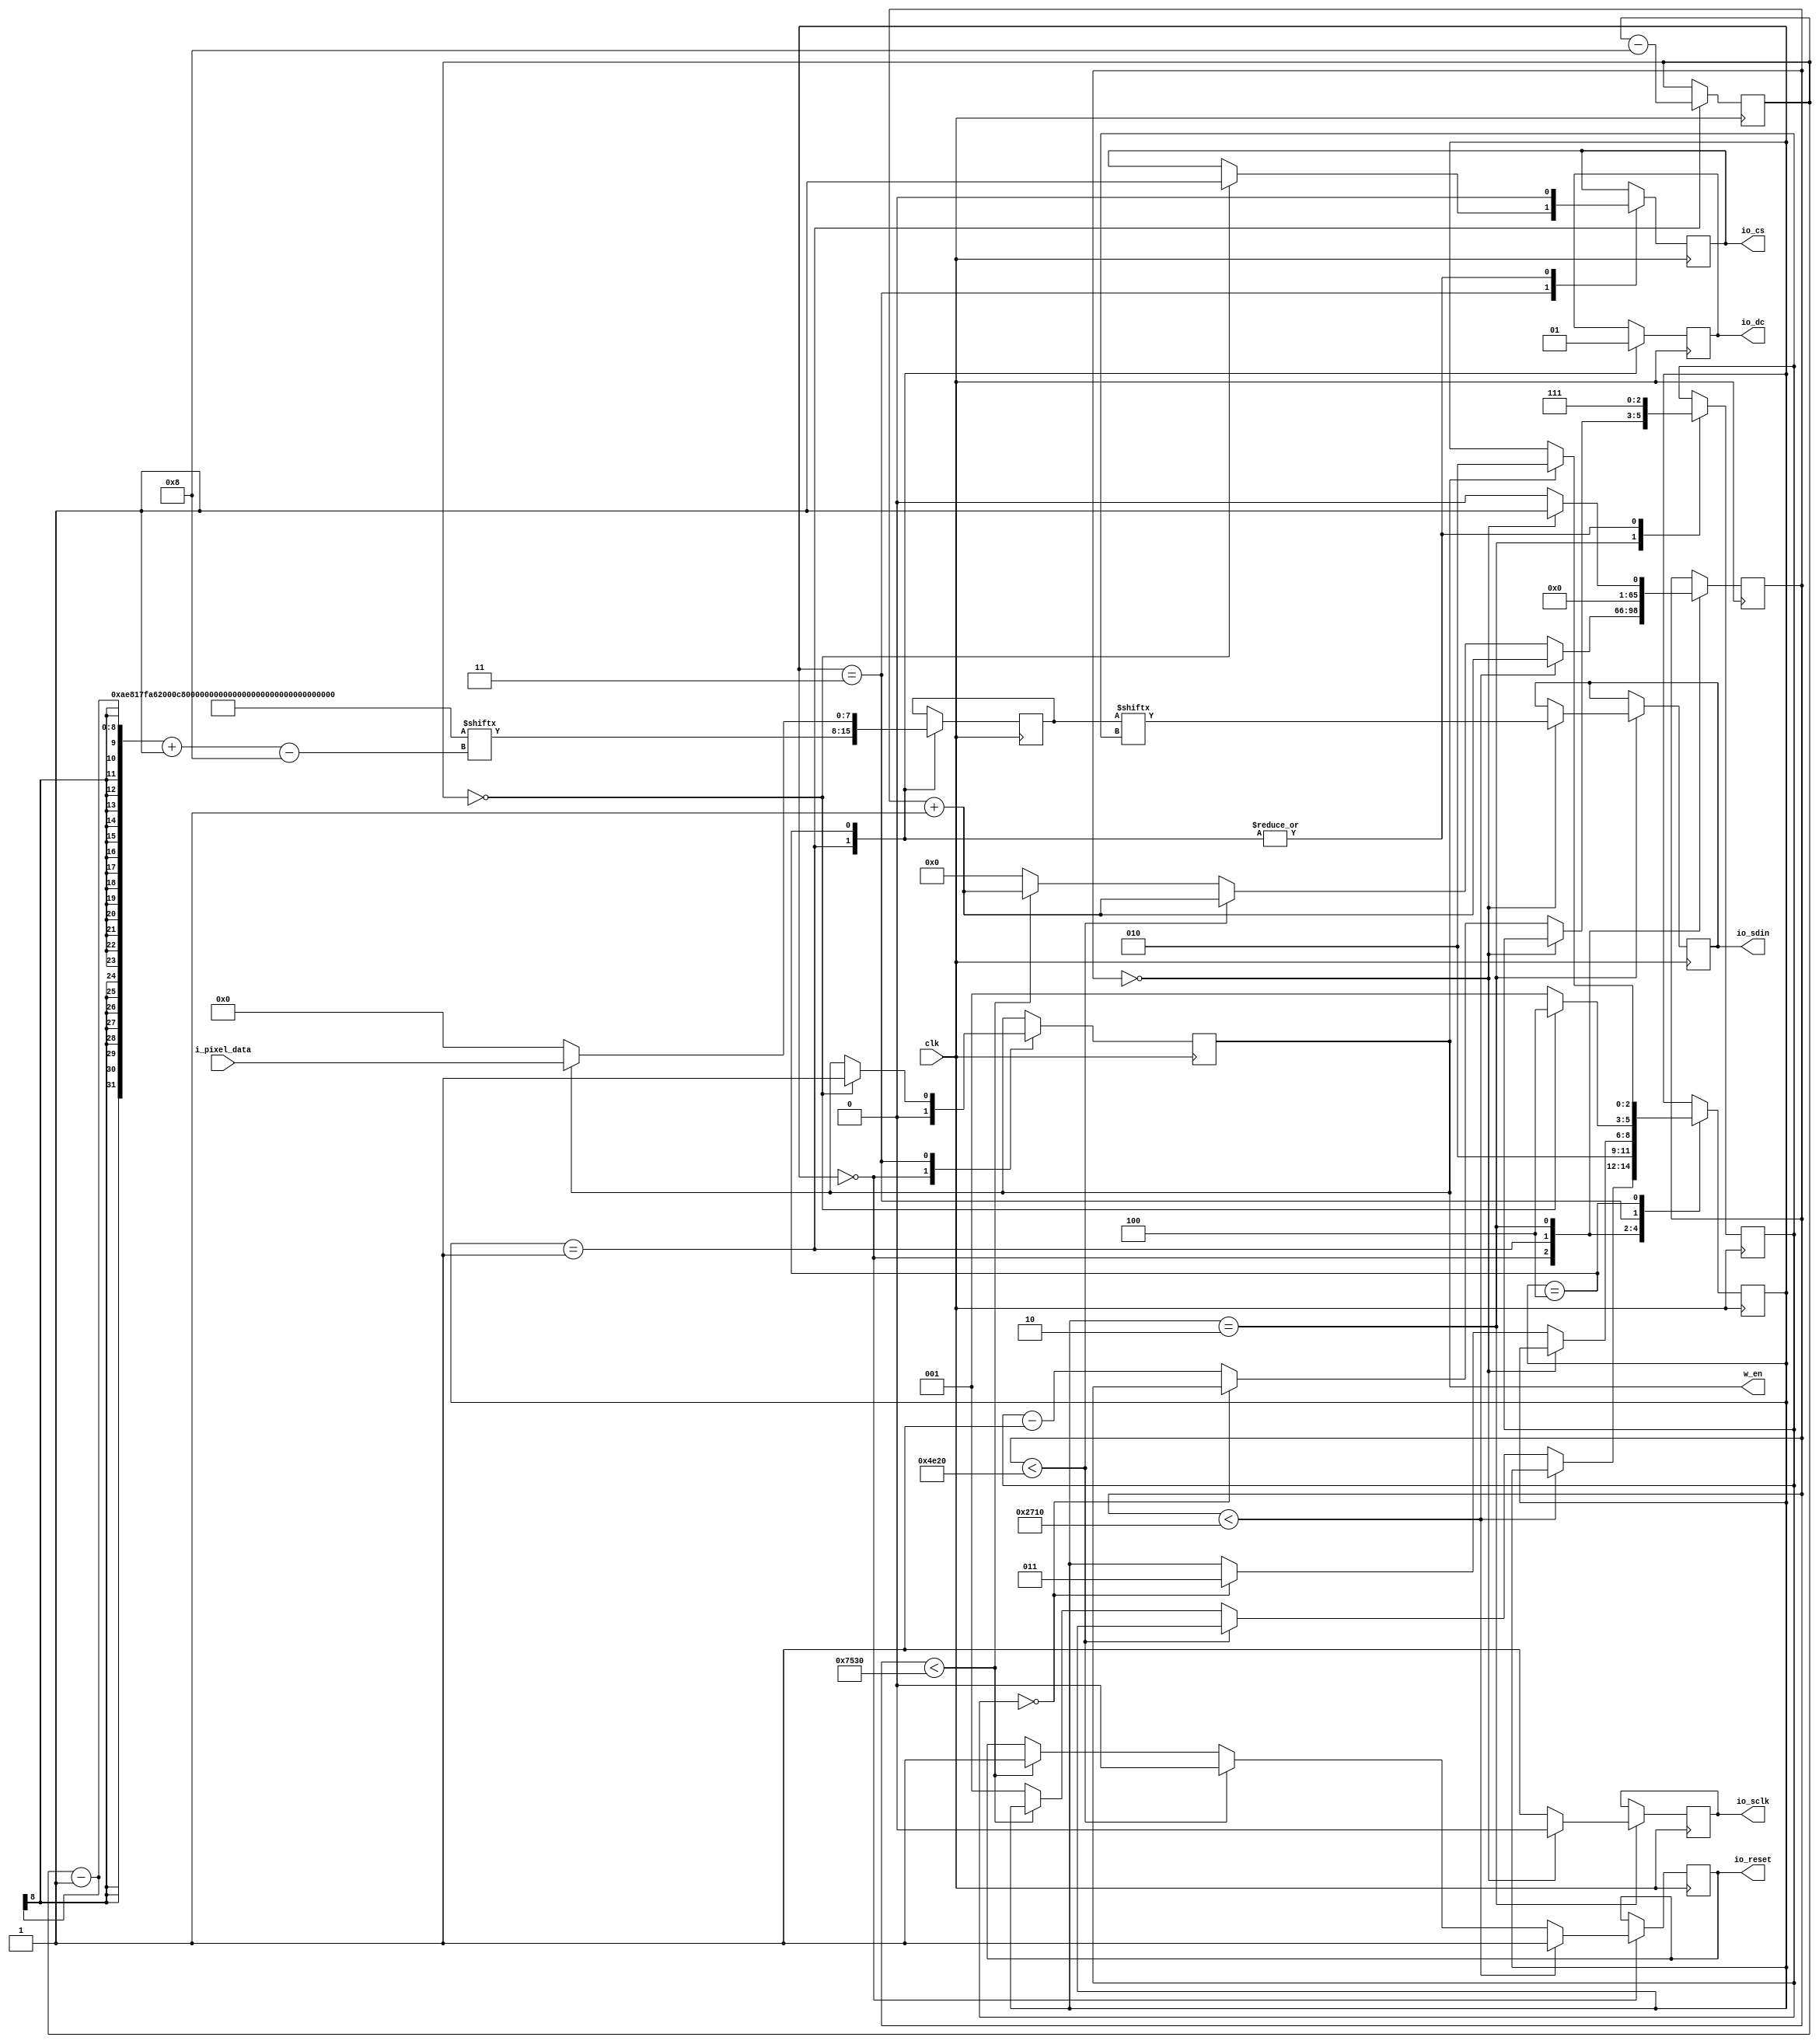
module oled #(
    parameter WAIT_TIME = 10000
) (
    input clk,
    input [7:0] i_pixel_data,
    output reg w_en,
    output io_sclk,
    output io_sdin,
    output io_reset,
    output io_cs,
    output io_dc
);

    wire [7:0] w_pixel_data;

    assign w_pixel_data = i_pixel_data;



    localparam STATE_POWER_ON = 0;
    localparam STATE_LOAD_COMMAND = 1;
    localparam STATE_SEND_DATA = 2;
    localparam STATE_CHECK_NEXT_INSTRUCTION = 3;
    localparam STATE_LOAD_PIXEL_DATA = 4;

    reg sclk = 1;
    reg sdin = 0;
    reg reset = 1;
    reg cs = 1;
    reg dc = 0;

    reg [2:0] state = STATE_POWER_ON;
    reg [32:0] counter = 0;
    reg [7:0] data_to_send = 8'd0;
    reg [2:0] sdin_bit_index = 3'b111;

    
    

    assign io_sclk = sclk;
    assign io_sdin = sdin;
    assign io_reset = reset;
    assign io_cs = cs; 
    assign io_dc = dc;




    localparam SETUP_INSTRUCTIONS = 23;
    
    reg [(SETUP_INSTRUCTIONS*8)-1:0] startup_commands = {
    8'hAE,  // display off

    8'h81,  // contast value to 0x7F according to datasheet
    8'h7F,  

    8'hA6,  // normal screen mode (not inverted)

    8'h20,  // horizontal addressing mode
    8'h00,  

    8'hC8,  // normal scan direction

    8'h40,  // first line to start scanning from

    8'hA1,  // address 0 is segment 0

    8'hA8,  // mux ratio
    8'h3f,  // 63 (64 -1)

    8'hD3,  // display offset
    8'h00,  // no offset

    8'hD5,  // clock divide ratio
    8'h80,  // set to default ratio/osc frequency

    8'hD9,  // set precharge
    8'h22,  // switch precharge to 0x22 default

    8'hDB,  // vcom deselect level
    8'h20,  // 0x20 

    8'h8D,  // charge pump config
    8'h14,  // enable charge pump

    8'hA4,  // resume RAM content

    8'hAF   // display on
  };
    reg[7:0] command_bit_index = (SETUP_INSTRUCTIONS*8);





    always @(posedge clk) begin
        
        case(state)

            STATE_POWER_ON:begin
                w_en <= 0;
                counter <= counter + 1;
                if (counter < WAIT_TIME) begin
                    reset <= 1;                    
                end
                else if (counter < WAIT_TIME*2) begin
                    reset <= 0;
                end
                else if (counter < WAIT_TIME * 3) begin
                    reset <= 1;
                end
                else begin
                  counter <= 32'd0;
                  state <= STATE_LOAD_COMMAND;
                  
                end  
            end

            STATE_LOAD_COMMAND:begin

                data_to_send <= startup_commands[(command_bit_index - 1)-:8];
                command_bit_index <= command_bit_index - 8;
                sdin_bit_index <= 3'b111;
                state <= STATE_SEND_DATA;  

                dc <= 0;
                cs <= 0;     
                counter <= 32'd0;  
            end

            STATE_SEND_DATA:begin
                if (counter == 32'd0) begin

                    counter <= 32'd1;
                    sclk <= 0;    // Falling edge, this is when the sdin bit is updated
                    sdin <= data_to_send[sdin_bit_index];               
                end
                else begin
                    counter <= 32'd0;
                    sclk <= 1;          // Rising edge, this is when the bit index is read and checked
                    if (sdin_bit_index == 3'b000) begin
                        state <= STATE_CHECK_NEXT_INSTRUCTION;
                    end
                    else sdin_bit_index <= sdin_bit_index - 1; 
                end                  
            end

            STATE_CHECK_NEXT_INSTRUCTION:begin
                
                if (command_bit_index == 0) begin
                    cs <= 1;
                    state <= STATE_LOAD_PIXEL_DATA;
                    w_en <= 1;
                end
                else begin
                    state <= STATE_LOAD_COMMAND;
                end
            end

            STATE_LOAD_PIXEL_DATA:begin
                
                dc <= 1;
                cs <= 0;
                sdin_bit_index <= 3'b111;
                

                if (w_en) begin
                    state <= STATE_SEND_DATA;
                    data_to_send <= w_pixel_data;
                end
                else data_to_send <= 0;

            end       
        endcase
    end

    
    
endmodule